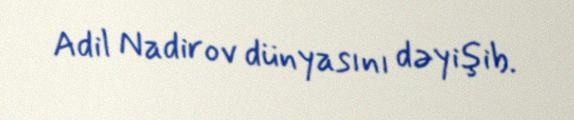
Adil Nadirov dünyasını dəyişib.